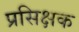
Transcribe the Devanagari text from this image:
प्रसिक्षक